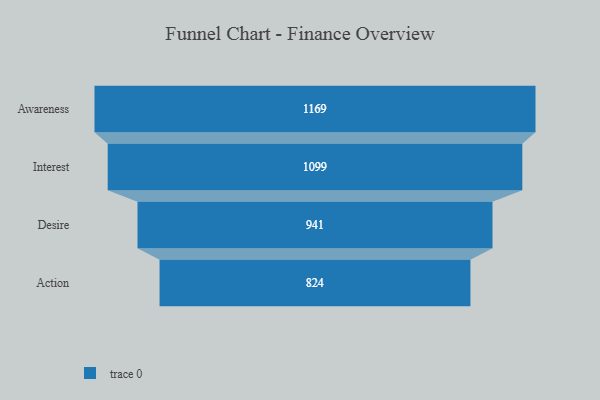
{"axis": {"x": "Stage", "y": "Value"}, "legend": [""], "data": [{"x": "Awareness", "y": 1169.0, "type": ""}, {"x": "Interest", "y": 1099.0, "type": ""}, {"x": "Desire", "y": 941.0, "type": ""}, {"x": "Action", "y": 824.0, "type": ""}]}